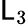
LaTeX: \mathsf{L}_{3}